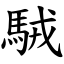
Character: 駥